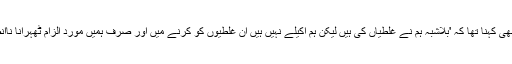
' ان کا یہ بھی کہنا تھا کہ 'بلاشبہ ہم نے غلطیاں کی ہیں لیکن ہم اکیلے نہیں ہیں ان غلطیوں کو کرنے میں اور صرف ہمیں مورد الزام ٹھہرانا ناانصافی ہے۔